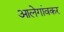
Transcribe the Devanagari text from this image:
आलेगांवकर